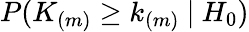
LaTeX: P(K_{(m)}\geq k_{(m)}\ |\ H_{0})